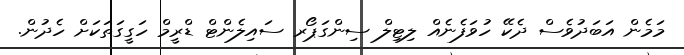
މަމެން އަބަދުވެސް ދެކޭ ހުވަފެނެއް ލިޓިލް ސިންގަޕޯރ ސައިލެންޓް ޑްރީމް ހަގީގަތަކަށް ހެދުން.